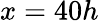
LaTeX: x=40h